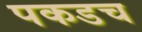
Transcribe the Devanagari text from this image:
पकडच